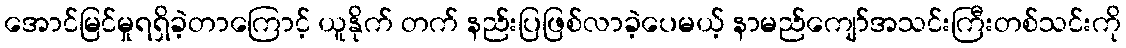
အောင်မြင်မှုရရှိခဲ့တာကြောင့် ယူနိုက် တက် နည်းပြဖြစ်လာခဲ့ပေမယ့် နာမည်ကျော်အသင်းကြီးတစ်သင်းကို